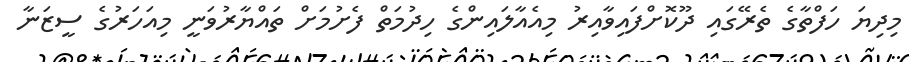
މިދިޔަ ހަފްތާގެ ތެރޭގައި ދޫކޮށްފައިވާއިރު މިއެއާލައިންގެ ހިދުމަތް ފެށުމަށް ތައްޔާރުވަނީ މިއަހަރުގެ ސީޒަނާ